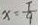
x = \frac { 1 } { 9 }